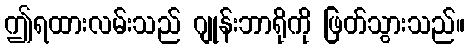
ဤရထားလမ်းသည် ဂျုန်းဘာရိုကို ဖြတ်သွားသည်။